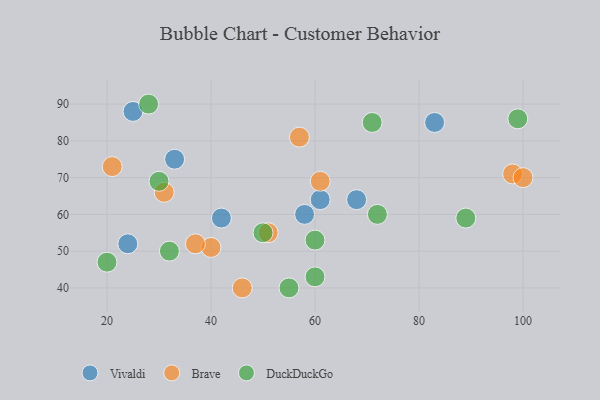
{"axis": {"x": "GDP", "y": "Life Expectancy"}, "legend": ["Brave", "DuckDuckGo", "Vivaldi"], "data": [{"x": "61", "y": 64, "type": "Vivaldi"}, {"x": "58", "y": 60, "type": "Vivaldi"}, {"x": "42", "y": 59, "type": "Vivaldi"}, {"x": "68", "y": 64, "type": "Vivaldi"}, {"x": "83", "y": 85, "type": "Vivaldi"}, {"x": "24", "y": 52, "type": "Vivaldi"}, {"x": "33", "y": 75, "type": "Vivaldi"}, {"x": "25", "y": 88, "type": "Vivaldi"}, {"x": "40", "y": 51, "type": "Brave"}, {"x": "46", "y": 40, "type": "Brave"}, {"x": "98", "y": 71, "type": "Brave"}, {"x": "51", "y": 55, "type": "Brave"}, {"x": "61", "y": 69, "type": "Brave"}, {"x": "57", "y": 81, "type": "Brave"}, {"x": "37", "y": 52, "type": "Brave"}, {"x": "21", "y": 73, "type": "Brave"}, {"x": "100", "y": 70, "type": "Brave"}, {"x": "31", "y": 66, "type": "Brave"}, {"x": "28", "y": 90, "type": "DuckDuckGo"}, {"x": "55", "y": 40, "type": "DuckDuckGo"}, {"x": "72", "y": 60, "type": "DuckDuckGo"}, {"x": "32", "y": 50, "type": "DuckDuckGo"}, {"x": "50", "y": 55, "type": "DuckDuckGo"}, {"x": "89", "y": 59, "type": "DuckDuckGo"}, {"x": "30", "y": 69, "type": "DuckDuckGo"}, {"x": "60", "y": 53, "type": "DuckDuckGo"}, {"x": "20", "y": 47, "type": "DuckDuckGo"}, {"x": "71", "y": 85, "type": "DuckDuckGo"}, {"x": "99", "y": 86, "type": "DuckDuckGo"}, {"x": "60", "y": 43, "type": "DuckDuckGo"}]}